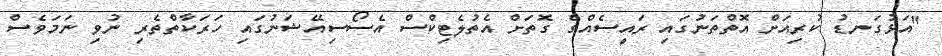
"އަޅުގަނޑު ކުރިއަށް އޮތްތަނުގައި ރައީސެއްގެ ގޮތަށް އެތުލެޓިކްސް އެސޯސިއޭޝަނުގައި ހަރަކާތްތެރި ނުވި ނަމަވެސް